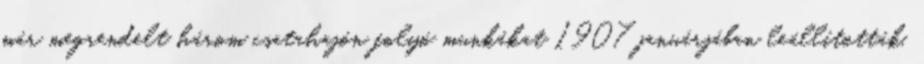
már megrendelt három csatahajón folyó munkákat 1907 januárjában leállították,